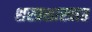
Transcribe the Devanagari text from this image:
शस्त्रशास्त्रात